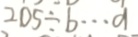
2 0 5 \div b \cdots a